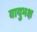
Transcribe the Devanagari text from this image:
वायुभक्ष